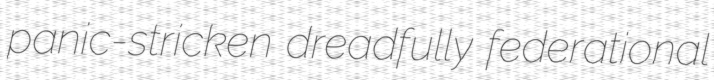
panic-stricken dreadfully federational